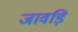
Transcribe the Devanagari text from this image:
जावड़ि